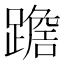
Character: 𨅧